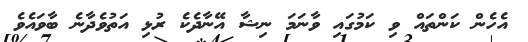
އެހެން ކަންތައް ވި ކަމުގައި ވާނަމަ ނިޝާ އޭނާދެކެ ރުޅި އަތުވެދާނެ ބާވައެވެ